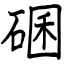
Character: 碅